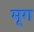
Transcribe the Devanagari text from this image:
मृ्ग